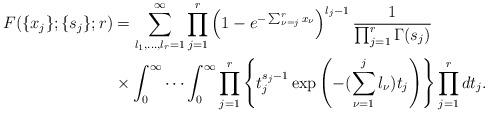
LaTeX: \begin{align*}F(\{x_j\};\{s_j\};r)&=\sum_{l_1,\ldots,l_r=1}^\infty \prod_{j=1}^{r}\left(1-e^{-\sum_{\nu=j}^r x_\nu}\right)^{l_j-1}\frac{1}{\prod_{j=1}^{r}\Gamma(s_j)}\\& \times \int_0^\infty\cdots\int_0^\infty \prod_{j=1}^{r}\left\{t_j^{s_j-1}\exp\left(-(\sum_{\nu=1}^{j}l_\nu)t_j\right)\right\}\prod_{j=1}^{r}dt_j.\end{align*}